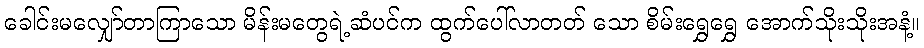
ခေါင်းမလျှော်တာကြာသော မိန်းမတွေရဲ့ဆံပင်က ထွက်ပေါ်လာတတ် သော စိမ်းရွှေရွှေ အောက်သိုးသိုးအနံ့။